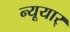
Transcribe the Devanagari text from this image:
न्यूयार्